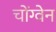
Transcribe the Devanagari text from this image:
चोंग्वेन